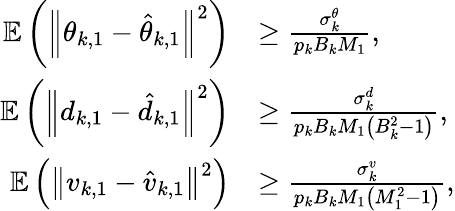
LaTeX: \begin{array}{rl}{{\mathbb E}\left({{{\left\| {{\theta_{k,1}}-{{\hat{\theta}}_{k,1}}}\right\| }^{2}}}\right)}&{\ge\frac{{\sigma_{k}^{\theta}}}{{{p_{k}}{B_{k}}{M_{1}}}},}\\ {{\mathbb E}\left({{{\left\| {{d_{k,1}}-{{\hat{d}}_{k,1}}}\right\| }^{2}}}\right)}&{\ge\frac{{\sigma_{k}^{d}}}{{{p_{k}}{B_{k}}{M_{1}}\left({B_{k}^{2}-1}\right)}},}\\ {{\mathbb E}\left({{{\left\| {{v_{k,1}}-{{\hat{v}}_{k,1}}}\right\| }^{2}}}\right)}&{\ge\frac{{\sigma_{k}^{v}}}{{{p_{k}}{B_{k}}{M_{1}}\left({M_{1}^{2}-1}\right)}},}\end{array}